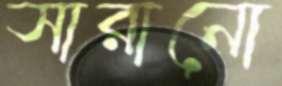
সারানো